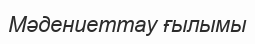
Мәдениеттау ғылымы